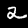
Digit: 2